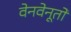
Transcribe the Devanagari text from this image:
वेनवेनूतो